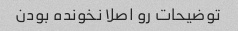
توضیحات رو اصلا نخونده بودن